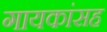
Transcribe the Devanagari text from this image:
गायकांसह